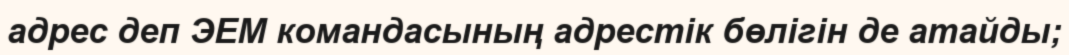
адрес деп ЭЕМ командасының адрестік бөлігін де атайды;